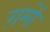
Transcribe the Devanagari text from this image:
ग़मों